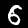
Label: 6